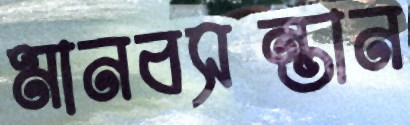
মানবসন্তান